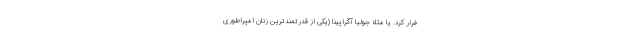
فرار کرد. یا مثلا جولیا آگراپینا (یکی از قدرتمندترین زنان امپراطوری